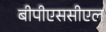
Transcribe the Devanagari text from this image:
बीपीएससीएल